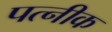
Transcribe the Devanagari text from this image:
पत्नीक